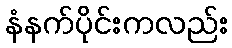
နံနက်ပိုင်းကလည်း